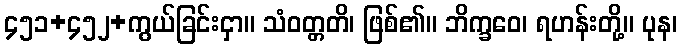
၄၅၁+၄၅၂+ကွယ်ခြင်းငှာ။ သံဝတ္တတိ၊ ဖြစ်၏။ ဘိက္ခဝေ၊ ရဟန်းတို့။ ပုန၊